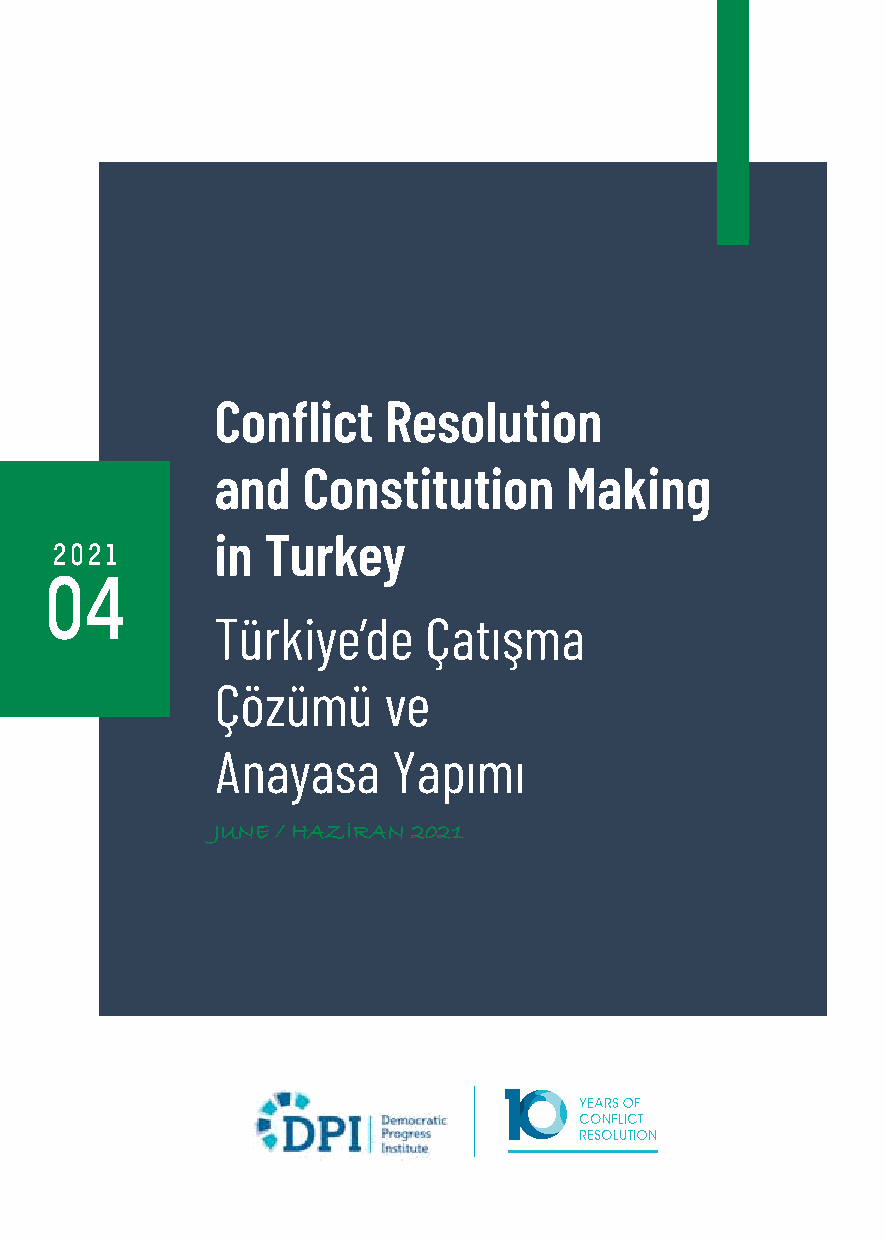
Conflict    Resolution
 and   Constitution     Making
 in  Turkey
 2021
 04
 Türkiye’de    Çatışma
 Çözümü     ve
 Anayasa     Yapımı
 JUNE / HAZİRAN 2021